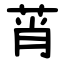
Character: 莦